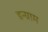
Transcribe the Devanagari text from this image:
इन्ग्राम